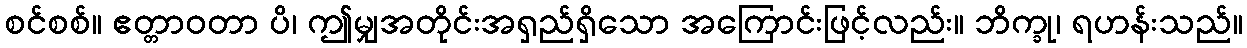
စင်စစ်။ ဧတ္တာဝတာ ပိ၊ ဤမျှအတိုင်းအရှည်ရှိသော အကြောင်းဖြင့်လည်း။ ဘိက္ခု၊ ရဟန်းသည်။